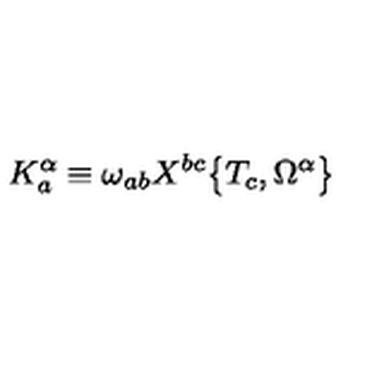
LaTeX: K _ { a } ^ { \alpha } \equiv \omega _ { a b } X ^ { b c } \bigr \{ T _ { c } , \Omega ^ { \alpha } \bigr \}